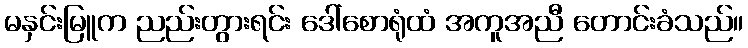
မနှင်းမြူက ညည်းတွားရင်း ဒေါ်စောရုံထံ အကူအညီ တောင်းခံသည်။